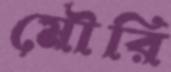
মৌরি